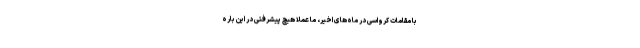
با مقامات کرواسی در ماه‌های اخیر، ما عملا هیچ پیشرفتی در این باره